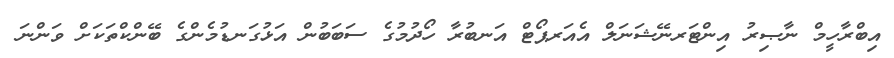
އިބްރާހީމް ނާޞިރު އިންޓަރނޭޝަނަލް އެއަރޕޯޓް އަނބުރާ ހޯދުމުގެ ސަބަބުން އަޅުގަނޑުމެންގެ ބޭންކްތަކަށް ވަންނަ